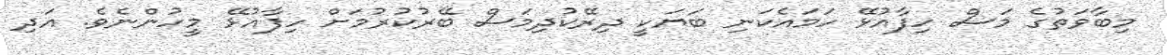
މިބާވަތުގެ މަސް ހިފާއުޅޭ ހަމައެކަނި ބަޔަކީ ދިރޭކުދިމަސް ބޭރުކުރުމަށް ހިފާއުޅޭ މީހުންނެވެ. އަދި